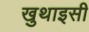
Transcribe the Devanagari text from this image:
खुथाइसी